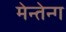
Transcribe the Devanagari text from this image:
मेन्तेन्ग